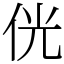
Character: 侊